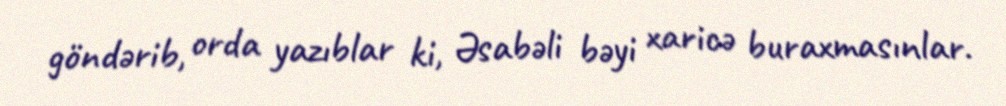
göndərib, orda yazıblar ki, Əsabəli bəyi xaricə buraxmasınlar.